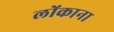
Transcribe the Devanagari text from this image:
लोंकाना